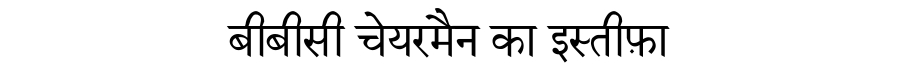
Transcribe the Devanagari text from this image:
बीबीसी चेयरमैन का इस्तीफ़ा